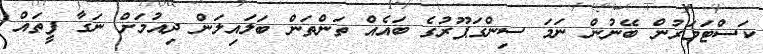
ކަސްޓަމަރުން ބޭނުން ނަމަ ސިންގަޕޫރުގެ ބައެއް ތަންތަން ބަލައިލަން ދިއުމަށް ނަގާ ފީތައް